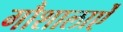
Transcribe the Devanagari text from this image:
गौशालाऐं